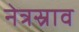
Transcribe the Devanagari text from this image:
नेत्रस्राव